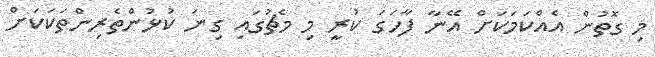
މި ގޮތުން އެއްކަމަކަށް އޭނާ ފާހަގަ ކުރީ މި މެޗުގައި ގިނަ ކުޅުންތެރިންތަކަކަށް